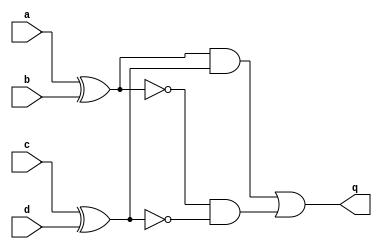
module top_module (
    input a,
    input b,
    input c,
    input d,
    output q );//
	wire q_tmp;
    //  00 01 10 11
    //00 1  0  0  1
    //01 0  1  1  0
    //10 0  1  1  0
    //11 1  0  0  1
    assign q = (a^b)&(c^d) | (~(a^b))&(~(c^d)); // Fix me

endmodule